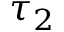
\tau _ { 2 }